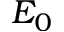
E _ { 0 }